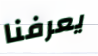
يعرفنا